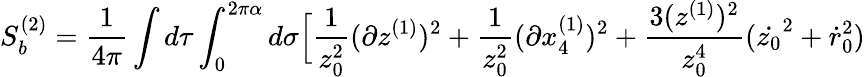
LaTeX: S_{b}^{(2)}={\frac{1}{4\pi}}\int d\tau\int_{0}^{2\pi\alpha}d\sigma\Big[{\frac{1}{z_{0}^{2}}}(\partial z^{(1)})^{2}+{\frac{1}{z_{0}^{2}}}(\partial x_{4}^{(1)})^{2}+{\frac{3(z^{(1)})^{2}}{z_{0}^{4}}}(\dot{z_{0}}^{2}+\dot{r}_{0}^{2})